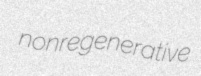
nonregenerative